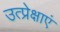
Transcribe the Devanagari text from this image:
उत्प्रेक्षाएं